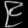
Digit: ၉